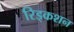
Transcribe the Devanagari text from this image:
रिड्कशन